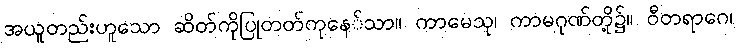
အယူတည်းဟူသော ဆိတ်ကိုပြုတတ်ကုနေ်သာ။ ကာမေသု၊ ကာမဂုဏ်တို့၌။ ဝီတရာဂေ၊